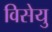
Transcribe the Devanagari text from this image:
विसेयु